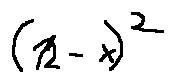
( 1 2 - x ) ^ { 2 }